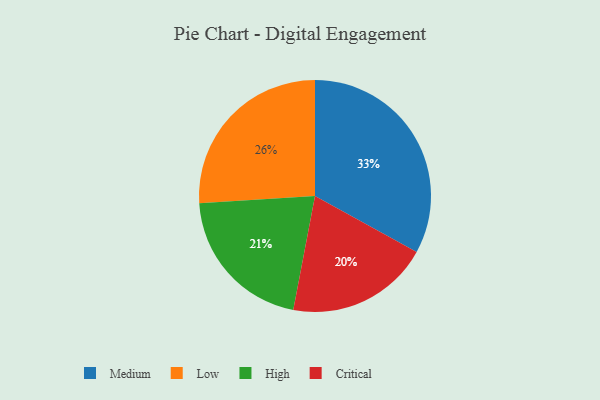
{"axis": {"x": "Category", "y": "Percentage"}, "legend": ["Critical", "High", "Low", "Medium"], "data": [{"x": "Medium", "y": 33, "type": "Medium"}, {"x": "Critical", "y": 20, "type": "Critical"}, {"x": "Low", "y": 26, "type": "Low"}, {"x": "High", "y": 21, "type": "High"}]}